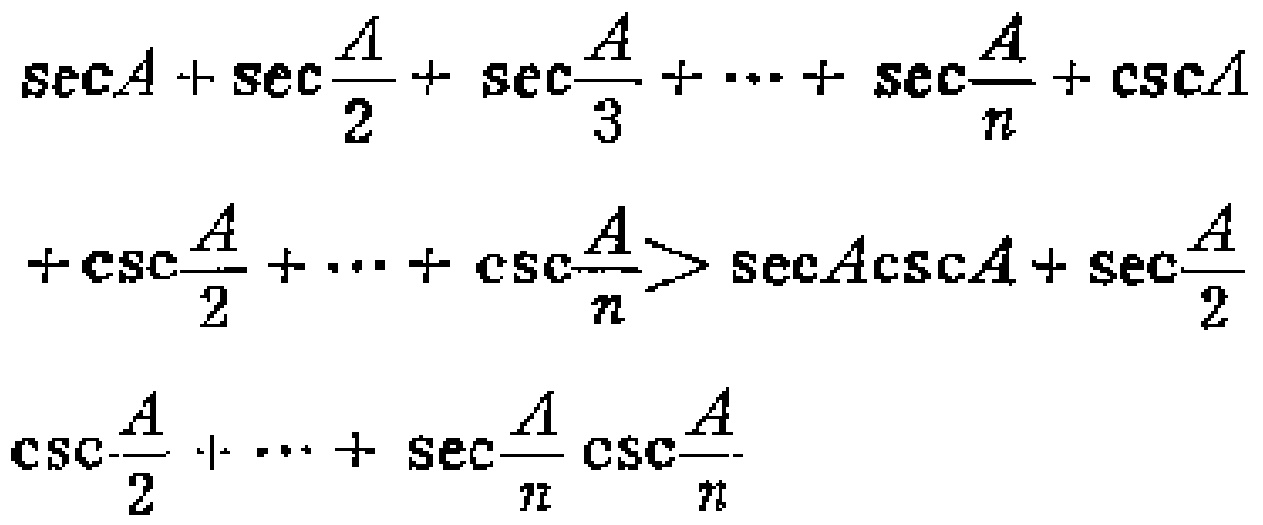
\(\sec A+\sec\frac{A}{2}+\sec\frac{A}{3}+\cdots+\sec\frac{A}{n}+\csc A+\csc\frac{A}{2}+\cdots+\csc\frac{A}{n}>\sec A\csc A+\sec\frac{A}{2}\csc\frac{A}{2}+\cdots+\sec\frac{A}{n}\csc\frac{A}{n}\)